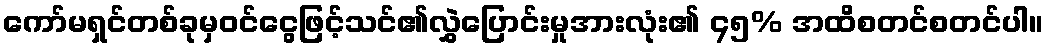
ကော်မရှင်တစ်ခုမှဝင်ငွေဖြင့်သင်၏လွှဲပြောင်းမှုအားလုံး၏ ၄၅% အထိစတင်စတင်ပါ။